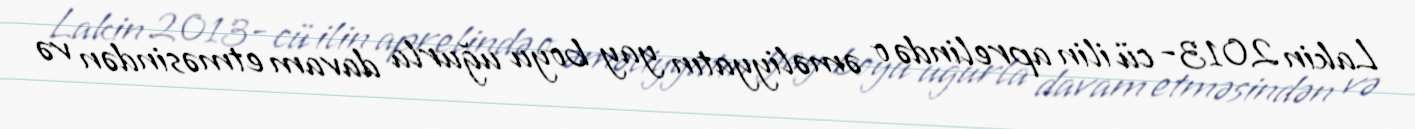
Lakin 2013- cü ilin aprelində o əməliyyatın yay boyu uğurla davam etməsindən və